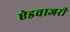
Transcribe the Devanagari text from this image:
ऐडवाजरी